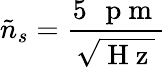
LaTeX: \tilde{n}_{s}=\frac{5\mathrm{~\, ~p~m~}}{\sqrt{\mathrm{~H~z~}}}